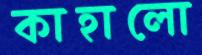
কাহালো